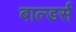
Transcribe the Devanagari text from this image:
बाल्डर्स